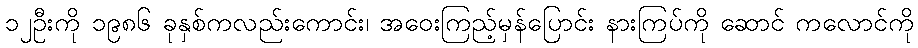
၁၂ဦးကို ၁၉၈၆ ခုနှစ်ကလည်းကောင်း၊ အဝေးကြည့်မှန်ပြောင်း နားကြပ်ကို ဆောင် ကလောင်ကို